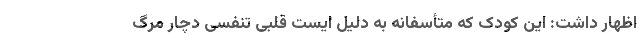
اظهار داشت: این کودک که متأسفانه به دلیل ایست قلبی تنفسی دچار مرگ